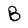
Character: B